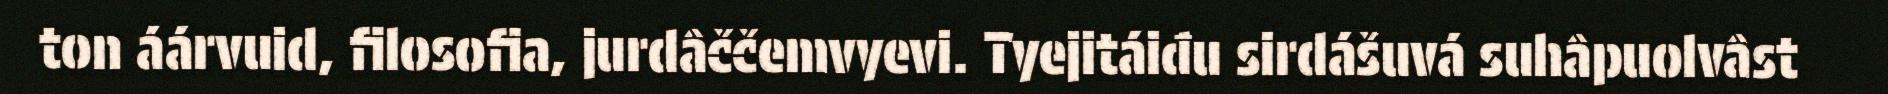
ton áárvuid, filosofia, jurdâččemvyevi. Tyejitáiđu sirdášuvá suhâpuolvâst